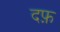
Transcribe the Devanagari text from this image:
दफ़